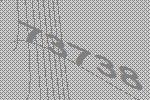
73738